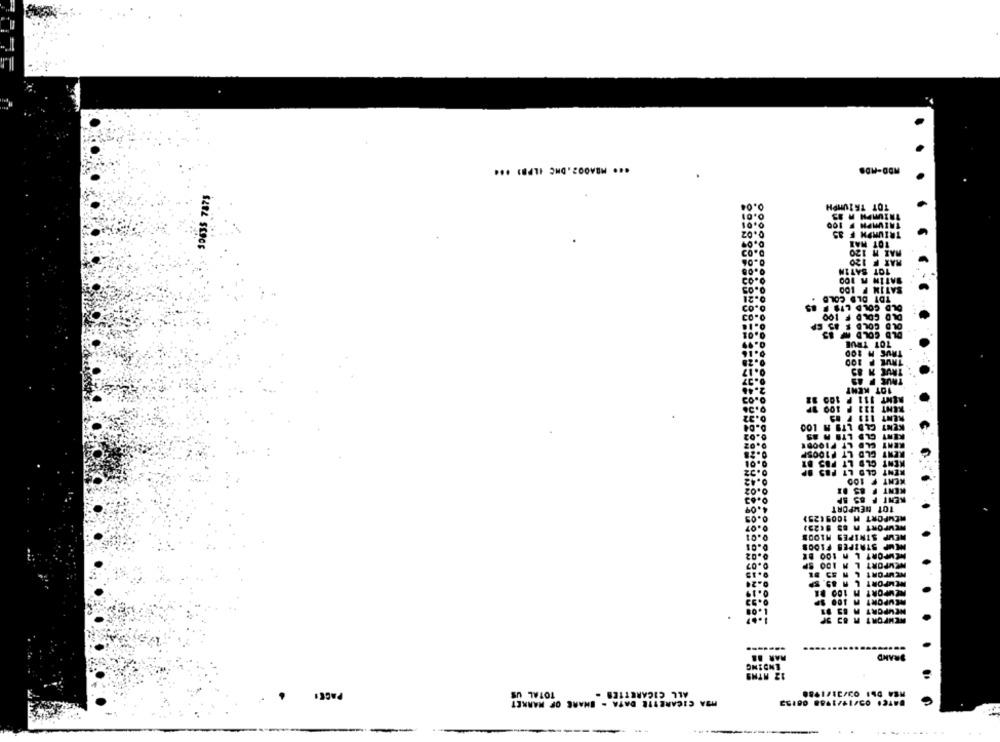
ADD-MDB
0.04
TOT TRIUMPH
0.01
0.01
100
TAIVAPH
0.02
TRIUMPH F
TOT MAI
RAZ 1 120
RAT F 120
TOT SATIN
SATIN A 100
SATIM F 1DO
TDT OLD COL
OLD COLD LI
701 TRUE
TRUE # 85
TRUE P AS
10T KENT
100 11
RENT 111 P
RENT 123 P 100 SP
KENT 111 7 83
KENT CLD LTS A LOO
KENT GLD LTE A 25
RENT CLD LT FIOODE
. RENT GLD LT PIDOSP
KENT OLD L
KENT GLD LT POS
KENT F 100
KENT F. 85 DI
WENT F &S SP
101 HEMPORT
REMPORT M 1009125)
MEMP STRIPES MLOOS
HEMP STRIPES FIOOS
NEWPORT L A 100 BE
NEWPORT L M 1DO SP
NEMPORT L W 89. SP
NEWPORT M 100 DE
REVPORT A 100 SP
NEWPORT
NEMFORT
MAR 1&
BRAND
ONEONT
12 MTHS
MSA DWI 03/31/1980
PAGE!
TOTAL US
ALL CIGARETTES -
MA CICAREITE DATA - SHARE OF MARKET
DATE: 05/11/1758 08155
-
..
.........